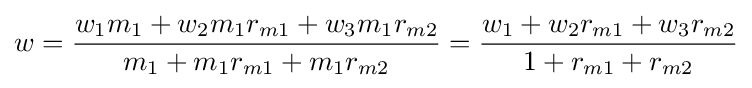
w={\frac {w_{1}m_{1}+w_{2}m_{1}r_{m1}+w_{3}m_{1}r_{m2}}{m_{1}+m_{1}r_{m1}+m_{1}r_{m2}}}={\frac {w_{1}+w_{2}r_{m1}+w_{3}r_{m2}}{1+r_{m1}+r_{m2}}}